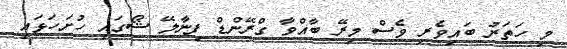
މި ހަތަރު ބައިވެރި ވެސް މިރޭ ބާއްވާ ގްރޭންޑް ފިނާލޭ ޝޯގައި ހުށަހަޅައި